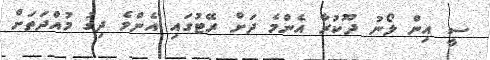
ސީ އިން ލޯނު ދޫކުރާ އެންމެ ދަށް ރޭޓުގައި އެންމެ ދިގު މުއްދަތަށް